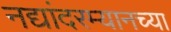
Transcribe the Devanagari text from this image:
नद्यांदरम्यानच्या